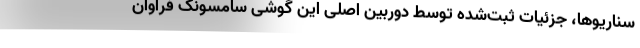
سناریوها، جزئیات ثبت‌شده توسط دوربین اصلی این گوشی سامسونگ فراوان